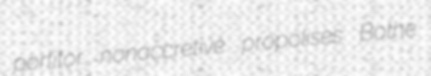
portitor nonaccretive propolises Bothe